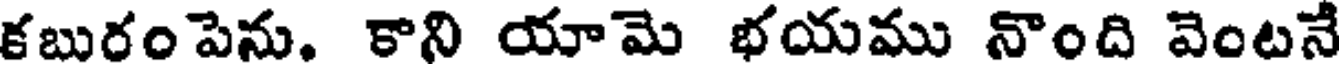
కబురం పెను. కాని యామె భయము నొంది వెంటనే